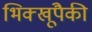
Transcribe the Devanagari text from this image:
भिक्खूंपैकी